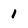
Character: 1